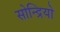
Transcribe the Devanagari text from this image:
सोन्द्रियो